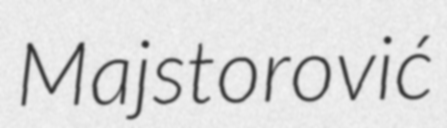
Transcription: Majstorović